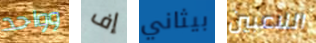
وواحد إف بيثاني اللاعبين